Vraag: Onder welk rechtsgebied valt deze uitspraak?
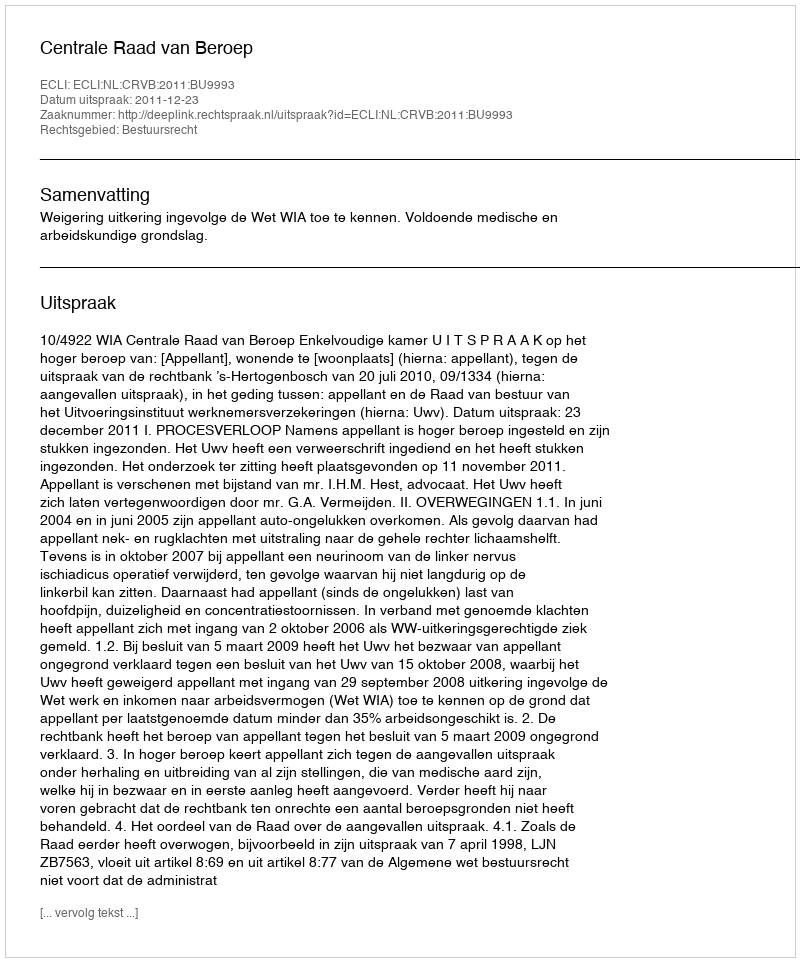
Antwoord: Bestuursrecht